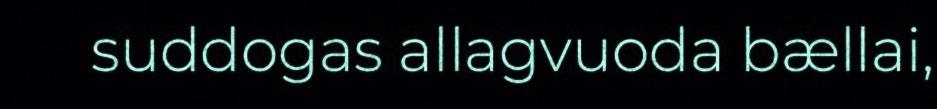
suddogas allagvuoda bællai,